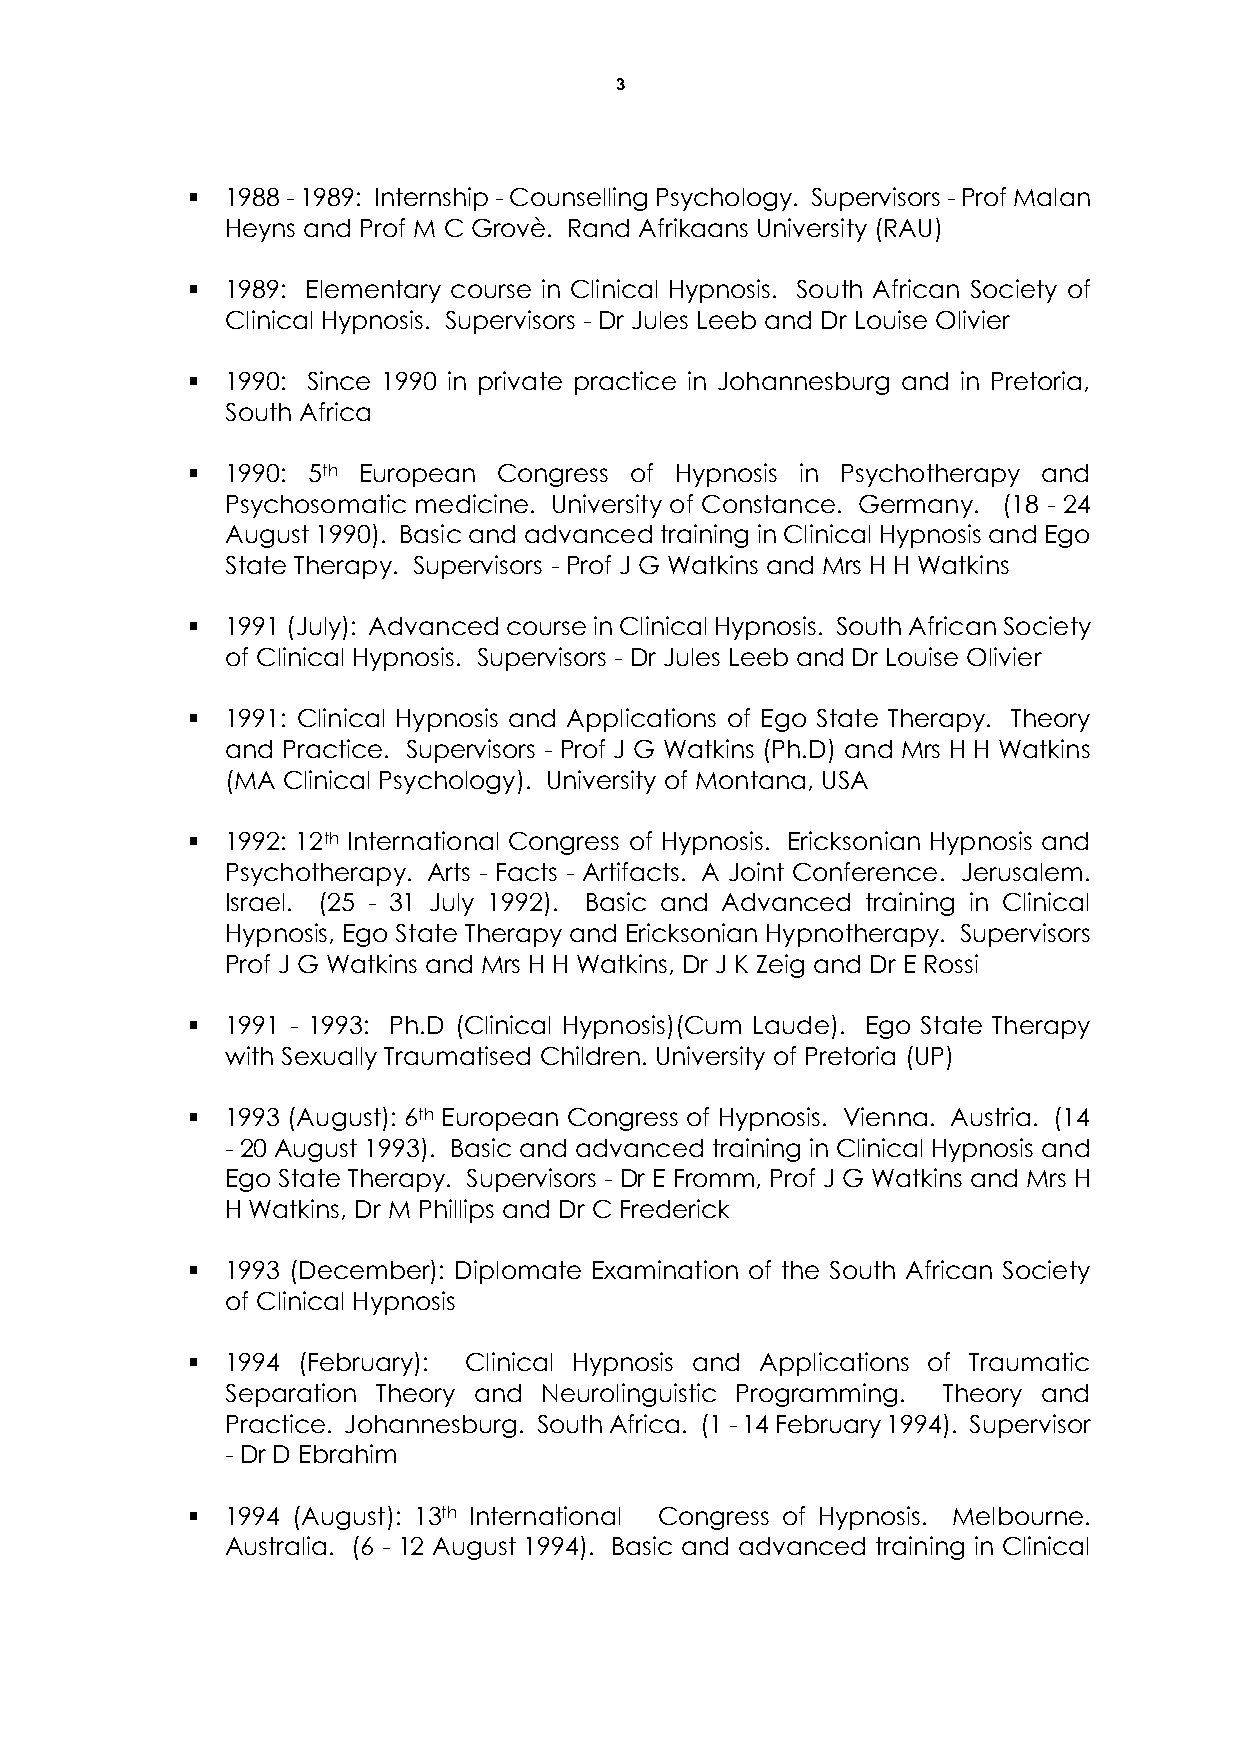
3
   1988 - 1989: Internship - Counselling Psychology. Supervisors - Prof Malan
 Heyns and Prof M C Grovè. Rand Afrikaans University (RAU)
   1989: Elementary course in Clinical Hypnosis. South African Society of
 Clinical Hypnosis. Supervisors - Dr Jules Leeb and Dr Louise Olivier
   1990: Since 1990 in private practice in Johannesburg and in Pretoria,
 South Africa
   1990: 5th European Congress of Hypnosis in Psychotherapy and
 Psychosomatic medicine. University of Constance. Germany. (18 - 24
 August 1990). Basic and advanced training in Clinical Hypnosis and Ego
 State Therapy. Supervisors - Prof J G Watkins and Mrs H H Watkins
   1991 (July): Advanced course in Clinical Hypnosis. South African Society
 of Clinical Hypnosis. Supervisors - Dr Jules Leeb and Dr Louise Olivier
   1991: Clinical Hypnosis and Applications of Ego State Therapy. Theory
 and Practice. Supervisors - Prof J G Watkins (Ph.D) and Mrs H H Watkins
 (MA Clinical Psychology). University of Montana, USA
   1992: 12th International Congress of Hypnosis. Ericksonian Hypnosis and
 Psychotherapy. Arts - Facts - Artifacts. A Joint Conference. Jerusalem.
 Israel. (25 - 31 July 1992). Basic and Advanced training in Clinical
 Hypnosis, Ego State Therapy and Ericksonian Hypnotherapy. Supervisors
 Prof J G Watkins and Mrs H H Watkins, Dr J K Zeig and Dr E Rossi
   1991 - 1993: Ph.D (Clinical Hypnosis)(Cum Laude). Ego State Therapy
 with Sexually Traumatised Children. University of Pretoria (UP)
   1993 (August): 6th European Congress of Hypnosis. Vienna. Austria. (14
 - 20 August 1993). Basic and advanced training in Clinical Hypnosis and
 Ego State Therapy. Supervisors - Dr E Fromm, Prof J G Watkins and Mrs H
 H Watkins, Dr M Phillips and Dr C Frederick
   1993 (December): Diplomate Examination of the South African Society
 of Clinical Hypnosis
   1994 (February): Clinical Hypnosis and Applications of Traumatic
 Separation Theory and Neurolinguistic Programming. Theory and
 Practice. Johannesburg. South Africa. (1 - 14 February 1994). Supervisor
 - Dr D Ebrahim
   1994 (August): 13th International Congress of Hypnosis. Melbourne.
 Australia. (6 - 12 August 1994). Basic and advanced training in Clinical